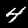
Digit: 4